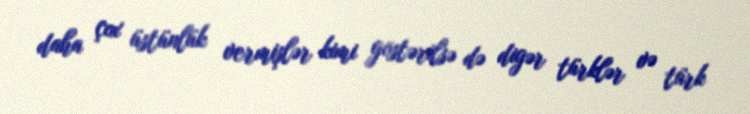
daha çox üstünlük vermişlər kimi göstərilsə də digər türklər və türk